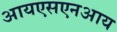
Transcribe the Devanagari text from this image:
आयएसएनआय